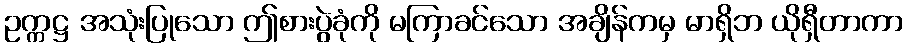
ဥက္ကဋ္ဌ အသုံးပြုသော ဤစားပွဲခုံကို မကြာခင်သော အချိန်ကမှ မာရှိဘ ယိုရှီတာကာ